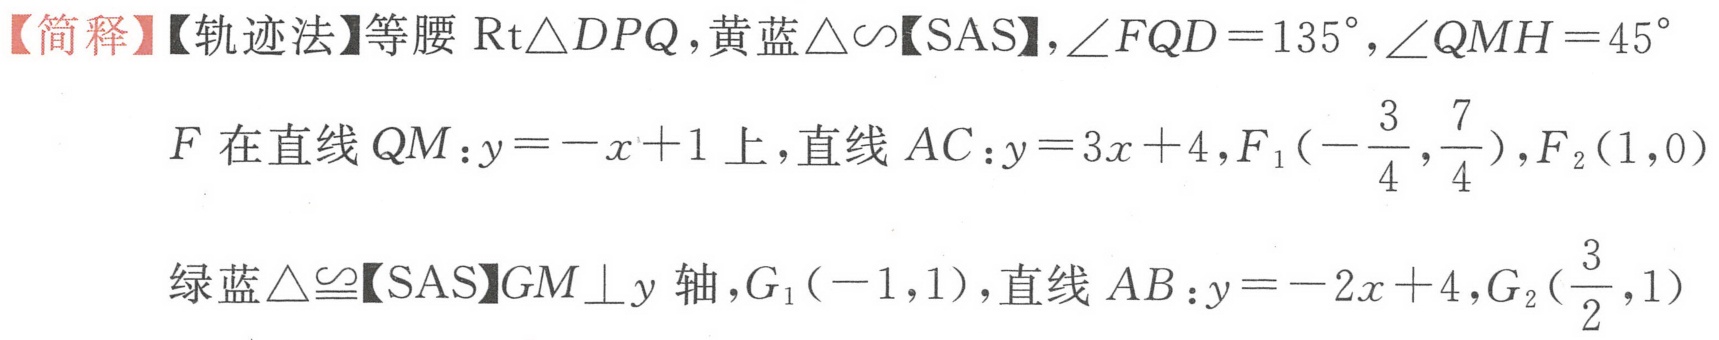
【简释】【轨迹法】等腰\(\text{Rt}\triangle DPQ\)，黄蓝\(\triangle\sim\)【SAS】，\(\angle FQD = 135^{\circ}\)，\(\angle QMH = 45^{\circ}\)
\(F\) 在直线 \(QM:y=-x + 1\) 上，直线 \(AC:y = 3x + 4\)，\(F_1\left(-\frac{3}{4},\frac{7}{4}\right)\)，\(F_2(1,0)\)
绿蓝\(\triangle\cong\)【SAS】\(GM\perp y\) 轴，\(G_1(-1,1)\)，直线 \(AB:y=-2x + 4\)，\(G_2\left(\frac{3}{2},1\right)\)